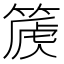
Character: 𥰽